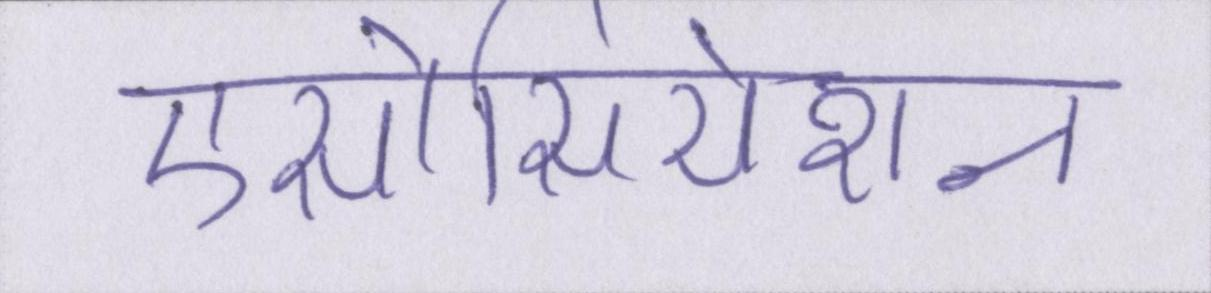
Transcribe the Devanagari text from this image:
एसोसियेशन